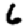
Digit: 6